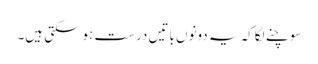
سوچنے لگاکہ یہ دونوں باتیں درست ہوسکتی ہیں۔